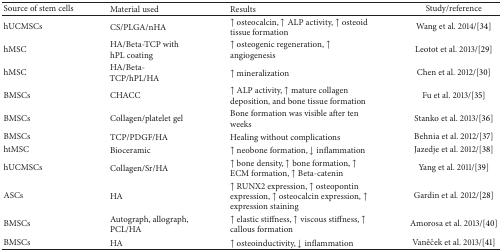
<table><thead><tr><td><b>Source of stem cells</b></td><td><b>Material used</b></td><td><b>Results</b></td><td><b>Study/reference</b></td></tr></thead><tbody><tr><td>hUCMSCs</td><td>CS/PLGA/nHA</td><td>↑ osteocalcin, ↑ ALP activity, ↑ osteoid tissue formation</td><td>Wang et al. 2014/[34]</td></tr><tr><td>hMSC</td><td>HA/Beta-TCP with hPL coating</td><td>↑ osteogenic regeneration, ↑ angiogenesis</td><td>Leotot et al. 2013/[29]</td></tr><tr><td>hMSC</td><td>HA/Beta-TCP/hPL/HA </td><td>↑ mineralization</td><td>Chen et al. 2012/[30]</td></tr><tr><td>BMSCs</td><td>CHACC</td><td>↑ ALP activity, ↑ mature collagen deposition, and bone tissue formation</td><td>Fu et al. 2013/[35]</td></tr><tr><td>BMSCs</td><td>Collagen/platelet gel</td><td>Bone formation was visible after ten weeks</td><td>Stanko et al. 2013/[36]</td></tr><tr><td>BMSCs</td><td>TCP/PDGF/HA</td><td>Healing without complications </td><td>Behnia et al. 2012/[37]</td></tr><tr><td>htMSC</td><td>Bioceramic</td><td>↑ neobone formation, ↓ inflammation</td><td>Jazedje et al. 2012/[38]</td></tr><tr><td>hUCMSCs</td><td>Collagen/Sr/HA</td><td>↑ bone density, ↑ bone formation, ↑ ECM formation, ↑ Beta-catenin</td><td>Yang et al. 2011/[39]</td></tr><tr><td>ASCs</td><td>HA</td><td>↑ RUNX2 expression, ↑ osteopontin expression, ↑ osteocalcin expression, ↑ expression staining</td><td>Gardin et al. 2012/[28]</td></tr><tr><td>BMSCs</td><td>Autograph, allograph, PCL/HA</td><td>↑ elastic stiffness, ↑ viscous stiffness, ↑ callous formation </td><td>Amorosa et al. 2013/[40]</td></tr><tr><td>BMSCs</td><td>HA</td><td>↑ osteoinductivity, ↓ inflammation</td><td>Vaněček et al. 2013/[41]</td></tr></tbody></table>